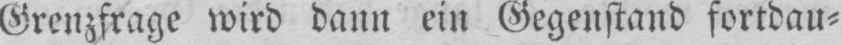
Grenzfrage wird dann ein Gegenstand fortdau⸗